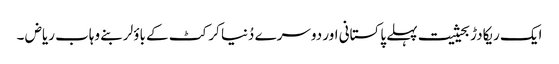
ایک ریکادڑ بحیثیت پہلے پاکستانی اور دوسرے دُنیا کرکٹ کے باؤلر بنے وہاب ریاض ۔